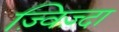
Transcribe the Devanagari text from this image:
ज़्विज़्दा